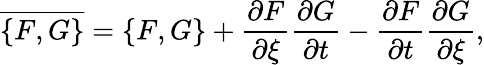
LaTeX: \overline{{\left\{ F,G\right\} }}=\left\{ F,G\right\} +\frac{\partial F}{\partial\xi}\frac{\partial G}{\partial t}-\frac{\partial F}{\partial t}\frac{\partial G}{\partial\xi},